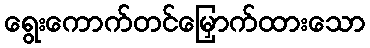
ရွေးကောက်တင်မြှောက်ထားသော